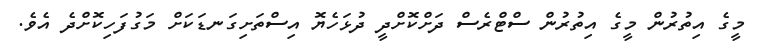
މީގެ އިތުރުން މީގެ އިތުރުން ސްޓްރެސް ދަށްކޮށްދީ ދުޅަހެޔޮ އިސްތަށިގަނޑަކަށް މަގުފަހިކޮށްދެ އެވެ.